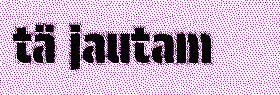
tä jautam